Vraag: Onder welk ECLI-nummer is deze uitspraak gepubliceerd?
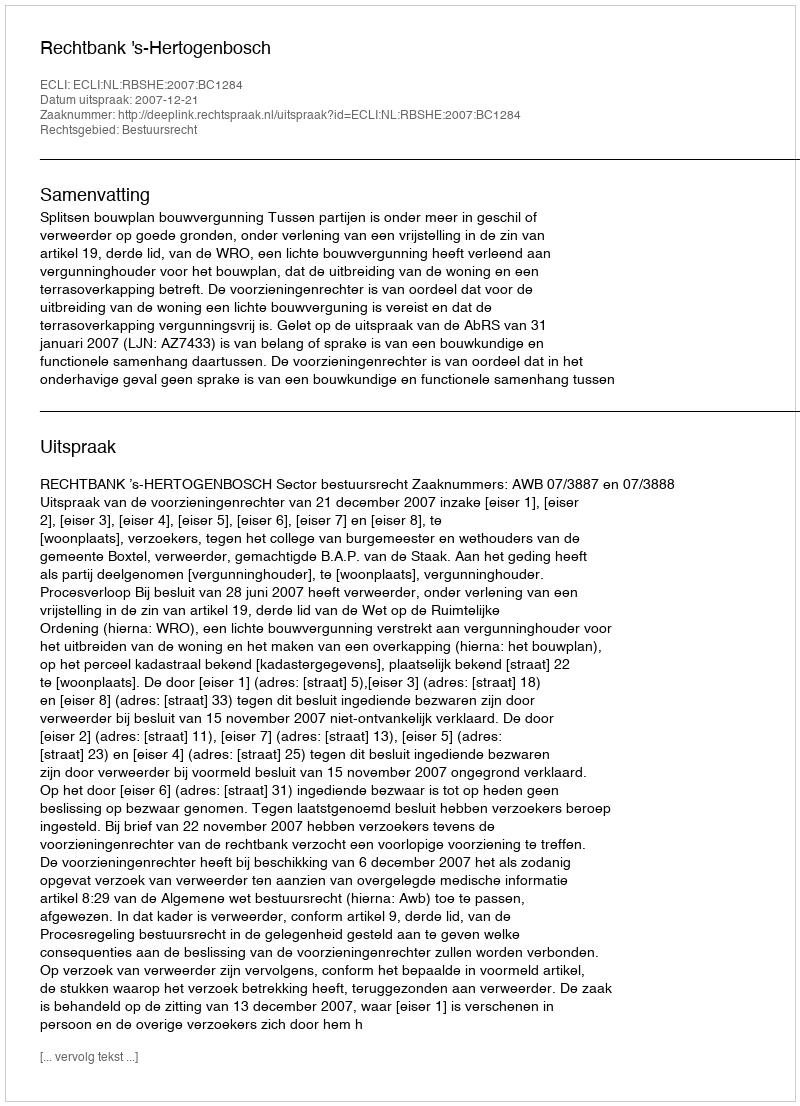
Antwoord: ECLI:NL:RBSHE:2007:BC1284